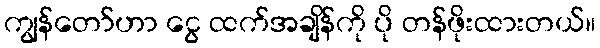
ကျွန်တော်ဟာ ငွေ ထက်အချိန်ကို ပို တန်ဖိုးထားတယ်။